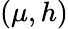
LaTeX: (\mu,h)